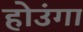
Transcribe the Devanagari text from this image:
होउंगा